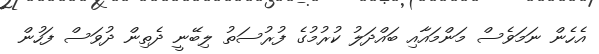
އެހެން ނަމަވެސް މަންމައާއި ބައްދަލު ކުރުމުގެ ފުރުސަތު ލިބޭނީ ދެތިން ދުވަސް ފަހުން